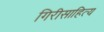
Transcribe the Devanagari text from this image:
गिरीसाहित्य